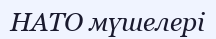
НАТО мүшелері